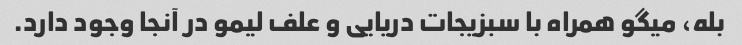
بله، میگو همراه با سبزیجات دریایی و علف لیمو در آنجا وجود دارد.